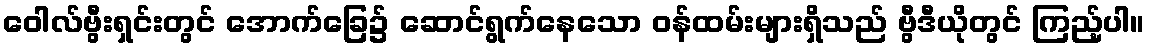
ဝေါလ်ဗွီးရှင်းတွင် အောက်ခြေ၌ ဆောင်ရွက်နေသော ဝန်ထမ်းများရှိသည် ဗွီဒီယိုတွင် ကြည့်ပါ။